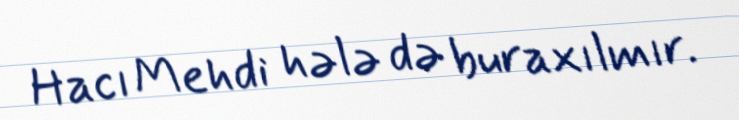
Hacı Mehdi hələ də buraxılmır.